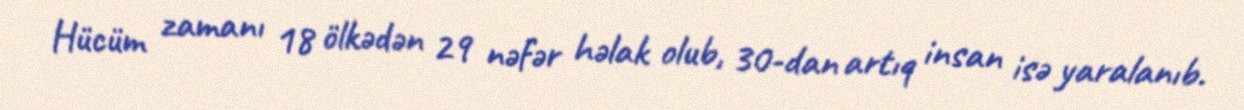
Hücüm zamanı 18 ölkədən 29 nəfər həlak olub, 30-dan artıq insan isə yaralanıb.